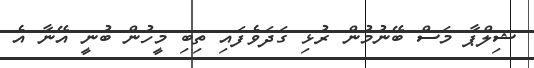
ޝިލްޕާ މަސް ބޭނުމުން ރުޅި ގަދަވެފައި ތިބި މީހުން ބުނީ އޭނާ އެ